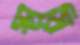
স্থায়ি